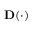
\mathbf { D } ( \cdot )